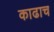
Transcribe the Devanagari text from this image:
काढाच